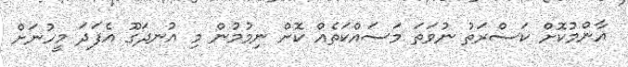
އާންމުކޮށް ކަސްރަތު ނުވަތަ މަސައްކަތެއް ކޮށް ނިމުމުން މި އުނދަގޫ އެފަދަ މީހުނަށް